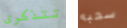
تتذكرى سحبه